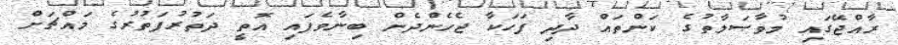
ރާއްޖޭގައި މުވާޞަލާތުގެ ކަންތައް ދާދި ފަހަކާ ޖެހެންދެން ބިނާވެފައި އޮތީ ދަތުރުފަތުރުގެ މައްޗަށް